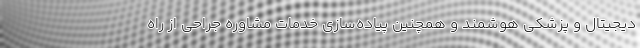
دیجیتال و پزشکی هوشمند و همچنین پیاده‌سازی خدمات مشاوره جراحی از راه